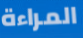
المراءة